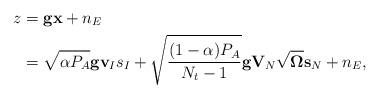
LaTeX: \begin{align*}z&=\mathbf{g}\mathbf{x}+n_{E}\\&=\sqrt{\alpha P_A} \mathbf{g}\mathbf{v}_{I}s_{I}+\sqrt{\frac{(1-\alpha)P_A}{N_t-1}} \mathbf{g} \mathbf{V}_{N}\sqrt{\mathbf{\Omega}} \mathbf{s}_N+{n}_{E},\end{align*}